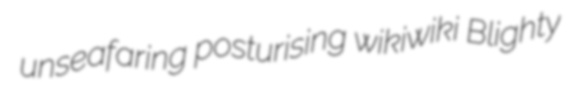
unseafaring posturising wikiwiki Blighty